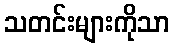
သတင်းများကိုသာ